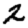
Digit: 2